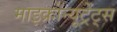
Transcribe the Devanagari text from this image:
माइक्रोन्यूट्रेंट्स